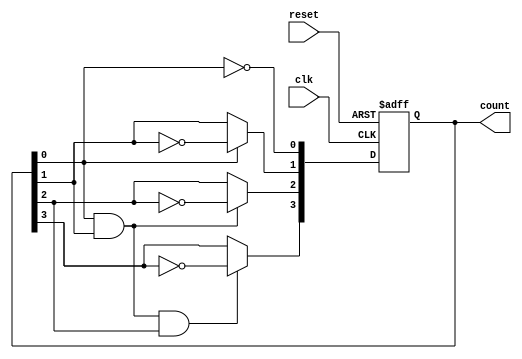
module async_ripple_counter (
    input wire clk,          // Clock input
    input wire reset,        // Asynchronous reset input
    output reg [N-1:0] count // Counter output
);
    parameter N = 4; // Number of bits in the counter

    // Asynchronous reset and counting logic
    always @(posedge clk or posedge reset) begin
        if (reset) begin
            count <= 0; // Reset count to 0
        end else begin
            count[0] <= ~count[0]; // Toggle LSB
            count[1] <= count[0] ? ~count[1] : count[1]; // Toggle next bit based on LSB
            count[2] <= (count[0] & count[1]) ? ~count[2] : count[2]; // Toggle next bit based on LSB and 2nd bit
            count[3] <= (count[0] & count[1] & count[2]) ? ~count[3] : count[3]; // Toggle MSB based on all lower bits
            // Extend this pattern for more bits if N > 4
        end
    end
endmodule